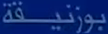
بورتیقه